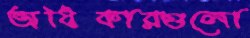
অধিকারগুলো